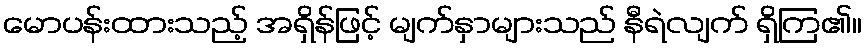
မောပန်းထားသည့် အရှိန်ဖြင့် မျက်နှာများသည် နီရဲလျက် ရှိကြ၏။